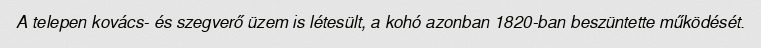
A telepen kovács- és szegverő üzem is létesült, a kohó azonban 1820-ban beszüntette működését.